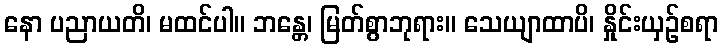
နော ပညာယတိ၊ မထင်ပါ။ ဘန္တေ၊ မြတ်စွာဘုရား။ သေယျာထာပိ၊ နှိုင်းယှဉ်စရာ